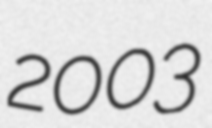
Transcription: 2003